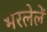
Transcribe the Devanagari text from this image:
भरलेलें